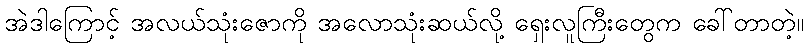
အဲဒါကြောင့် အလယ်သုံးဇောကို အလောသုံးဆယ်လို့ ရှေးလူကြီးတွေက ခေါ်တာတဲ့။